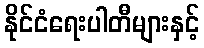
နိုင်ငံရေးပါတီများနှင့်